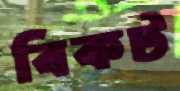
বিকট